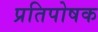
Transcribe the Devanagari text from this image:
प्रतिपोषक